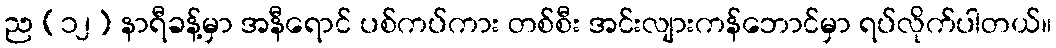
ည (၁၂) နာရီခန့်မှာ အနီရောင် ပစ်ကပ်ကား တစ်စီး အင်းလျားကန်ဘောင်မှာ ရပ်လိုက်ပါတယ်။